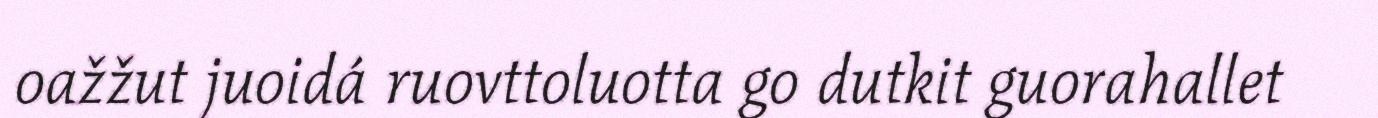
oažžut juoidá ruovttoluotta go dutkit guorahallet